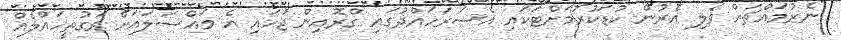
ނެރުމައްޗަށް ވެލި އެރުން ކުޑަކުރުމަށްޓަކައި އެސަރަހައްދުގައި ގްރޮއިން ޖަހައި އެ މައްސަލައަށް ވަގުތީހައްލެއް